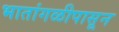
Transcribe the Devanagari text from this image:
भातांगळीपासून